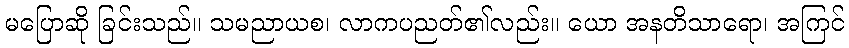
မပြောဆို ခြင်းသည်။ သမညာယစ၊ လာကပညတ်၏လည်း။ ယော အနတိသာရော၊ အကြင်